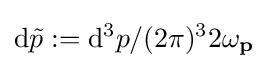
\mathrm {d} {\tilde {p}}:=\mathrm {d} ^{3}p/(2\pi )^{3}2\omega _{\textbf {p}}